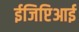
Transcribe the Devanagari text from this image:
ईजिप्टिआई